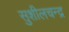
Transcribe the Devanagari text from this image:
सुशीलचन्द्र